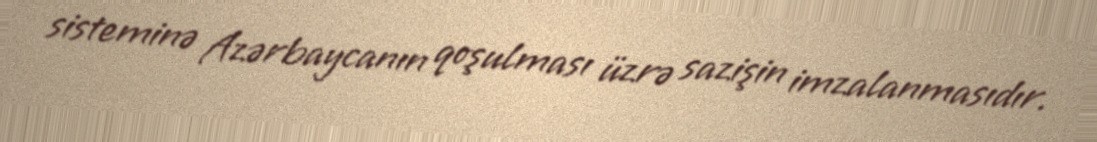
sisteminə Azərbaycanın qoşulması üzrə sazişin imzalanmasıdır.